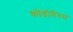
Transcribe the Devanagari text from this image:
कोडोमैनस